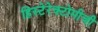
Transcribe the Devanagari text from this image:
हिस्टेरेक्टोमीची